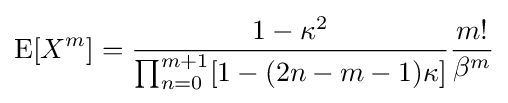
\operatorname {E} [X^{m}]={\frac {1-\kappa ^{2}}{\prod _{n=0}^{m+1}[1-(2n-m-1)\kappa ]}}{\frac {m!}{\beta ^{m}}}